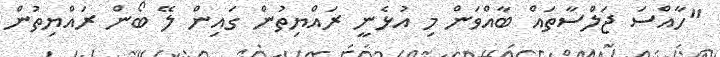
"ހާއްސަ ޖަލްސާތައް ބާއްވަން މި އުޅެނީ ރައްޔިތުން ގައިން ލޭ ބޯން ރައްޔިތުން